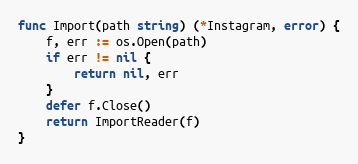
Language: Go
func Import(path string) (*Instagram, error) {
	f, err := os.Open(path)
	if err != nil {
		return nil, err
	}
	defer f.Close()
	return ImportReader(f)
}